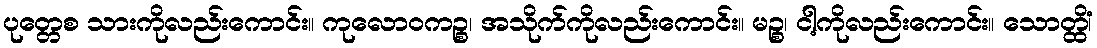
ပုတ္တေစ သားကိုလည်းကောင်း။ ကုလောဝကဉ္စ၊ အသိုက်ကိုလည်းကောင်း။ မဉ္စ၊ ငါ့ကိုလည်းကောင်း။ သောတ္ထိံ၊